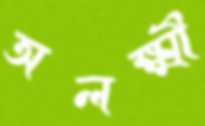
অলক্ষ্মী